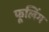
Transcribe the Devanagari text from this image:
फूलिंग